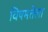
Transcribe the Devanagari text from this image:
विषमतेला